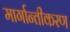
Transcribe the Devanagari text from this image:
मार्गान्तीकरण